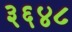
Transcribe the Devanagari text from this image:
३६४८